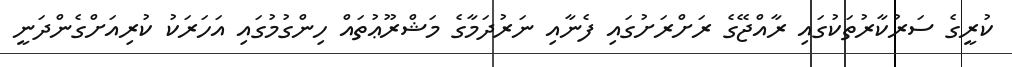
ކުރީގެ ސަރުކާރުތަކުގައި ރާއްޖޭގެ ރަށްރަށުގައި ފެނާއި ނަރުދަމާގެ މަޝްރޫޢުތައް ހިންގުމުގައި އަހަރަކު ކުރިއަށްގެންދަނީ